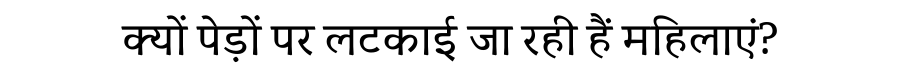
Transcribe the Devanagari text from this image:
क्यों पेड़ों पर लटकाई जा रही हैं महिलाएं?